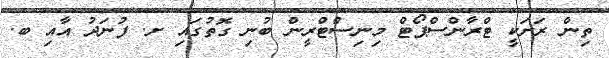
ތިން ރަށަކީ ޓްރާންސްޕޯޓް މިނިސްޓްރީން ބުނި ގޮތުގައި ށ. ފުނަދު އާއި ބ.